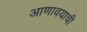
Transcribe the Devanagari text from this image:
आणावयाची